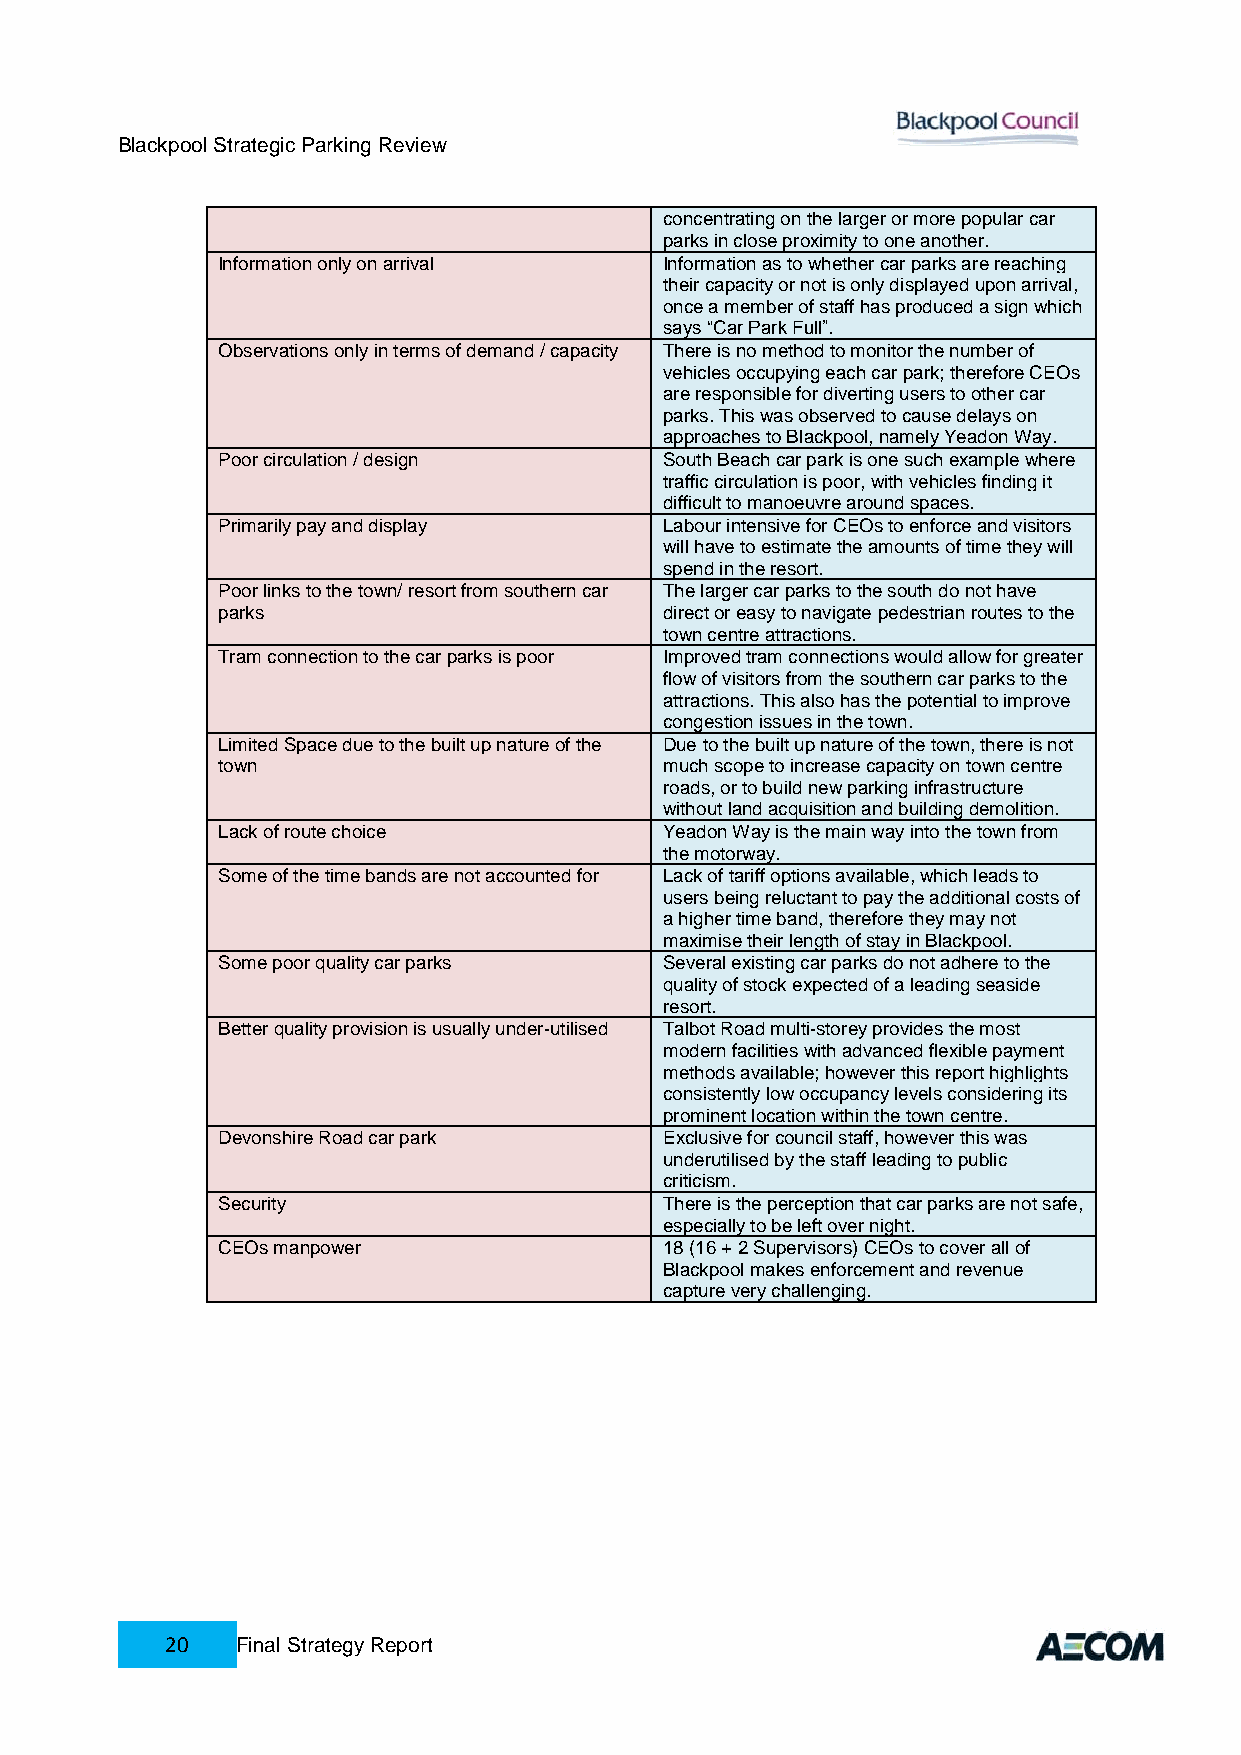
Blackpool Strategic Parking Review
 concentrating on the larger or more popular car
 parks in close proximity to one another.
 Information only on arrival   Information as to whether car parks are reaching
 their capacity or not is only displayed upon arrival,
 once a member of staff has produced a sign which
 says “Car Park Full”.
 Observations only in terms of demand / capacity There is no method to monitor the number of
 vehicles occupying each car park; therefore CEOs
 are responsible for diverting users to other car
 parks. This was observed to cause delays on
 approaches to Blackpool, namely Yeadon Way.
 Poor circulation / design     South Beach car park is one such example where
 traffic circulation is poor, with vehicles finding it
 difficult to manoeuvre around spaces.
 Primarily pay and display     Labour intensive for CEOs to enforce and visitors
 will have to estimate the amounts of time they will
 spend in the resort.
 Poor links to the town/ resort from southern car The larger car parks to the south do not have
 parks                         direct or easy to navigate pedestrian routes to the
 town centre attractions.
 Tram connection to the car parks is poor Improved tram connections would allow for greater
 flow of visitors from the southern car parks to the
 attractions. This also has the potential to improve
 congestion issues in the town.
 Limited Space due to the built up nature of the Due to the built up nature of the town, there is not
 town                          much scope to increase capacity on town centre
 roads, or to build new parking infrastructure
 without land acquisition and building demolition.
 Lack of route choice          Yeadon Way is the main way into the town from
 the motorway.
 Some of the time bands are not accounted for Lack of tariff options available, which leads to
 users being reluctant to pay the additional costs of
 a higher time band, therefore they may not
 maximise their length of stay in Blackpool.
 Some poor quality car parks   Several existing car parks do not adhere to the
 quality of stock expected of a leading seaside
 resort.
 Better quality provision is usually under-utilised Talbot Road multi-storey provides the most
 modern facilities with advanced flexible payment
 methods available; however this report highlights
 consistently low occupancy levels considering its
 prominent location within the town centre.
 Devonshire Road car park      Exclusive for council staff, however this was
 underutilised by the staff leading to public
 criticism.
 Security                      There is the perception that car parks are not safe,
 especially to be left over night.
 CEOs manpower                 18 (16 + 2 Supervisors) CEOs to cover all of
 Blackpool makes enforcement and revenue
 capture very challenging.
 20   Final Strategy Report